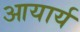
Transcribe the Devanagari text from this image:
आयार्य